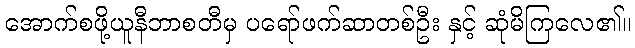
အောက်စဖို့ယူနီဘာစတီမှ ပရော်ဖက်ဆာတစ်ဦး နှင့် ဆုံမိကြလေ၏။